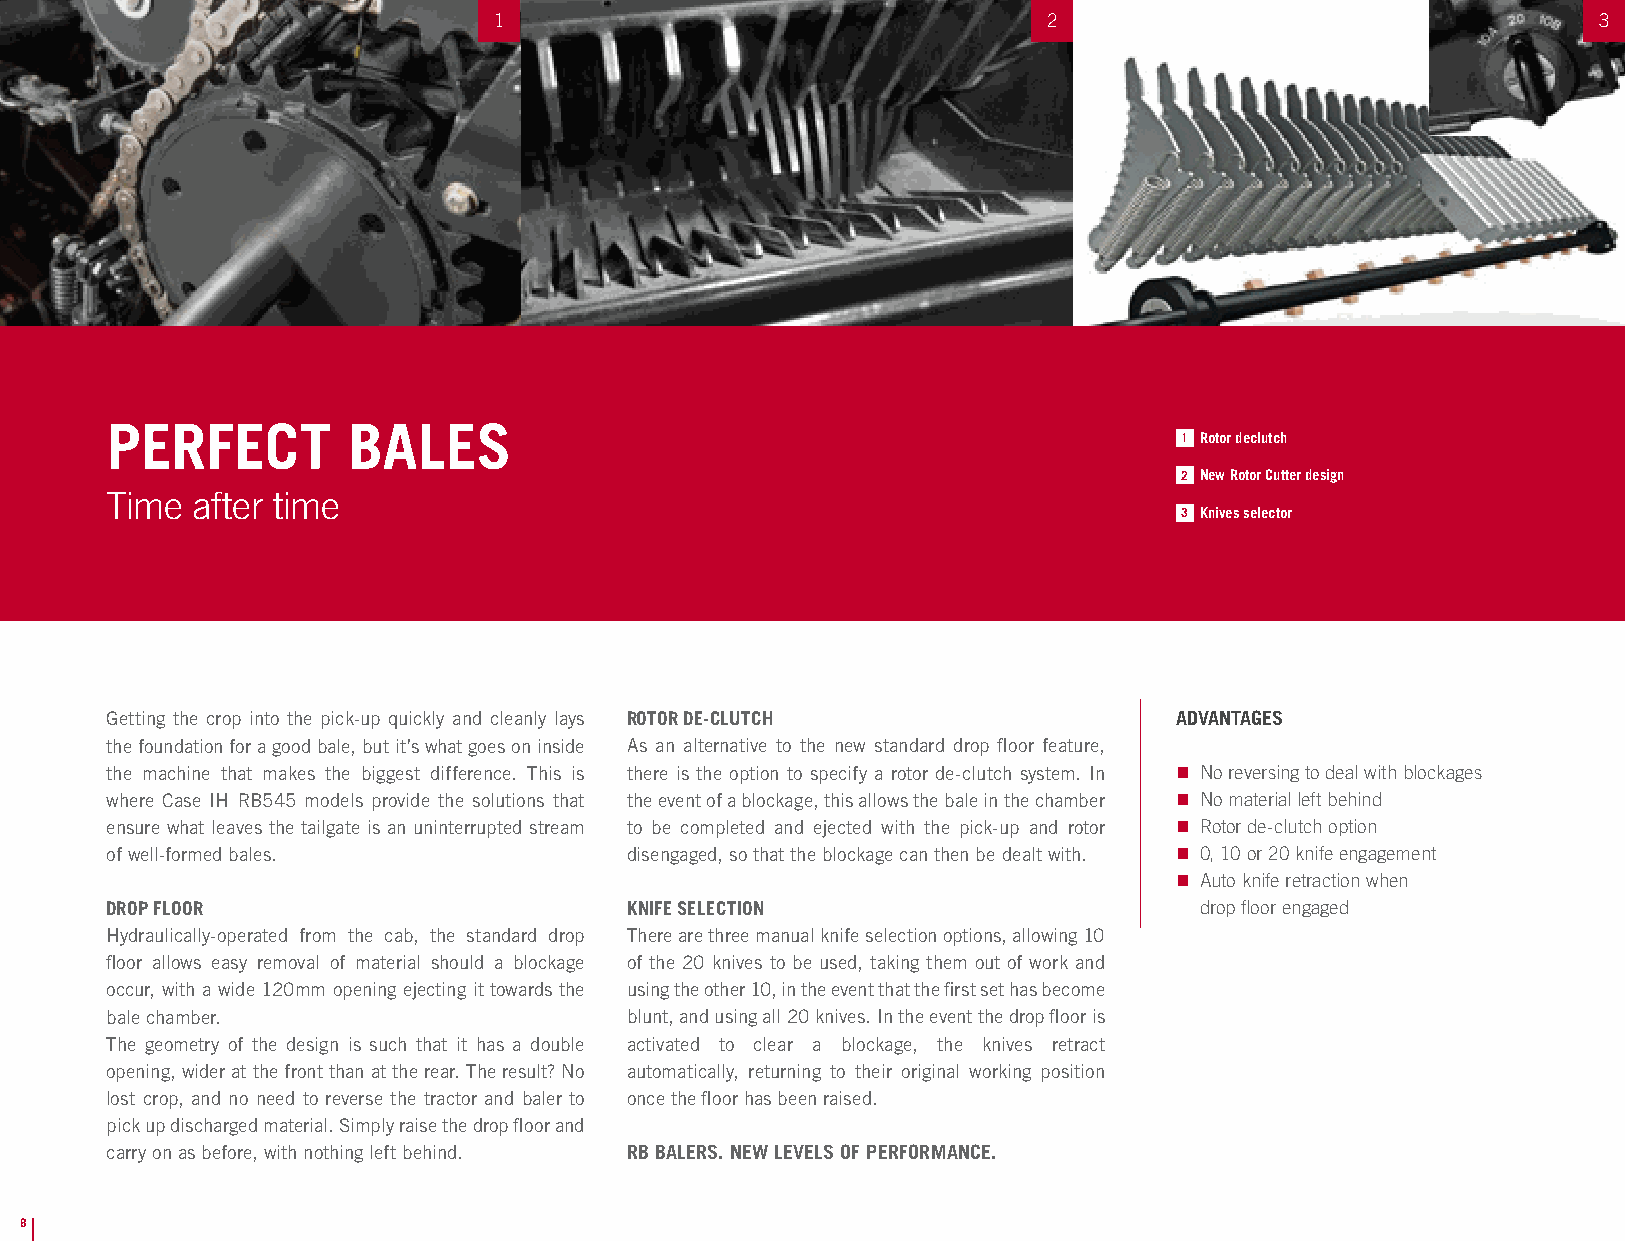
1                                   2                                    3
 PERFECT         BALES
 1 Rotor declutch
 2 New Rotor Cutter design
 Time  after time
 3 Knives selector
 Getting the crop into the pick-up quickly and cleanly lays ROTOR DE-CLUTCH ADVANTAGES
 the foundation for a good bale, but it’s what goes on inside As an alternative to the new standard drop floor feature,
 the machine that makes the biggest difference. This is there is the option to specify a rotor de-clutch system. In n No reversing to deal with blockages
 where Case IH RB545 models provide the solutions that the event of a blockage, this allows the bale in the chamber n No material left behind
 ensure what leaves the tailgate is an uninterrupted stream to be completed and ejected with the pick-up and rotor n Rotor de-clutch option
 of well-formed bales.             disengaged, so that the blockage can then be dealt with. n 0, 10 or 20 knife engagement
 n Auto knife retraction when
 DROP FLOOR                        KNIFE SELECTION                       drop floor engaged
 Hydraulically-operated from the cab, the standard drop There are three manual knife selection options, allowing 10
 floor allows easy removal of material should a blockage of the 20 knives to be used, taking them out of work and
 occur, with a wide 120mm opening ejecting it towards the using the other 10, in the event that the first set has become
 bale chamber.                     blunt, and using all 20 knives. In the event the drop floor is
 The geometry of the design is such that it has a double activated to clear a blockage, the knives retract
 opening, wider at the front than at the rear. The result? No automatically, returning to their original working position
 lost crop, and no need to reverse the tractor and baler to once the floor has been raised.
 pick up discharged material. Simply raise the drop floor and
 carry on as before, with nothing left behind. RB BALERS. NEW LEVELS OF PERFORMANCE.
 8